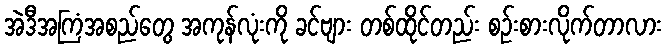
အဲဒီအကြံအစည်တွေ အကုန်လုံးကို ခင်ဗျား တစ်ထိုင်တည်း စဉ်းစားလိုက်တာလား